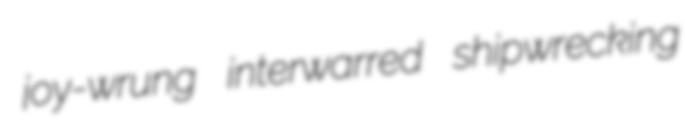
joy-wrung interwarred shipwrecking